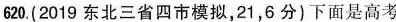
620.(2019东北三省四市模拟，21，6分)下面是高考